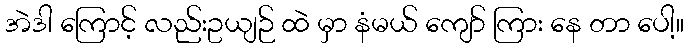
အဲဒါ ကြောင့် လည်းဥယျဉ် ထဲ မှာ နံမယ် ကျော် ကြား နေ တာ ပေါ့။